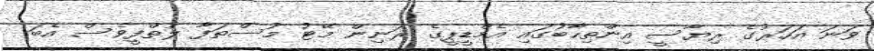
ވަނަ އަހަރުގެ ރިޔާސީ އިންތިހާބުގައި އެމްޑީޕީގެ ރަނިން މޭޓު މުސްތަފާ ލުތްފީވެސް އެބަ